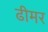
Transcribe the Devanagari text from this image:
ढीमर